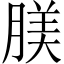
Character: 𦝺